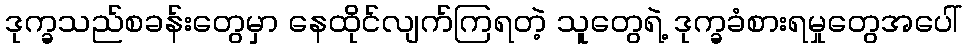
ဒုက္ခသည်စခန်းတွေမှာ နေထိုင်လျက်ကြရတဲ့ သူတွေရဲ့ ဒုက္ခခံစားရမှုတွေအပေါ်